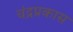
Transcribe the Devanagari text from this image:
चंद्रप्रकास